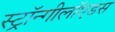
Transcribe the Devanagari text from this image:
स्ट्रॉन्गीलॉएडस